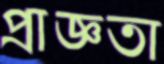
প্রাজ্ঞতা